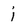
Character: j